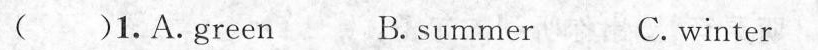
( )1.A.Green B. summer C. winter